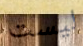
ليست